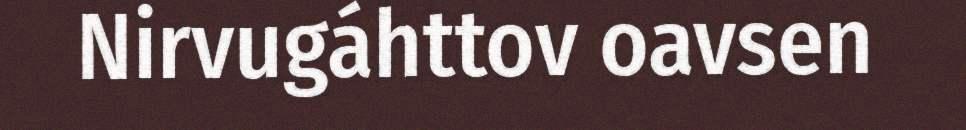
Nirvugáhttov oavsen